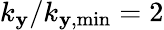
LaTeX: k_{\mathbf{y}}/k_{\mathbf{y},\mathrm{{min}}}=2